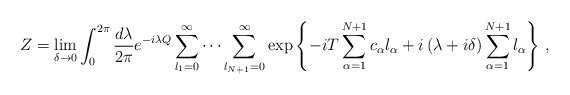
\begin{align*}Z=\lim_{\delta\to0}\int^{2\pi}_0{d\lambda\over2\pi}e^{-i\lambda Q}\sum^\infty_{l_1=0}\cdots\sum^\infty_{l_{N+1}=0}\exp{\left\{{-iT\sum^{N+1}_{\alpha=1}c_\alpha l_\alpha +i\left(\lambda+i\delta\right)\sum^{N+1}_{\alpha=1}l_\alpha}\right\}}\ ,\end{align*}